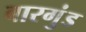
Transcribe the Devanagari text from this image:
बारगुंड